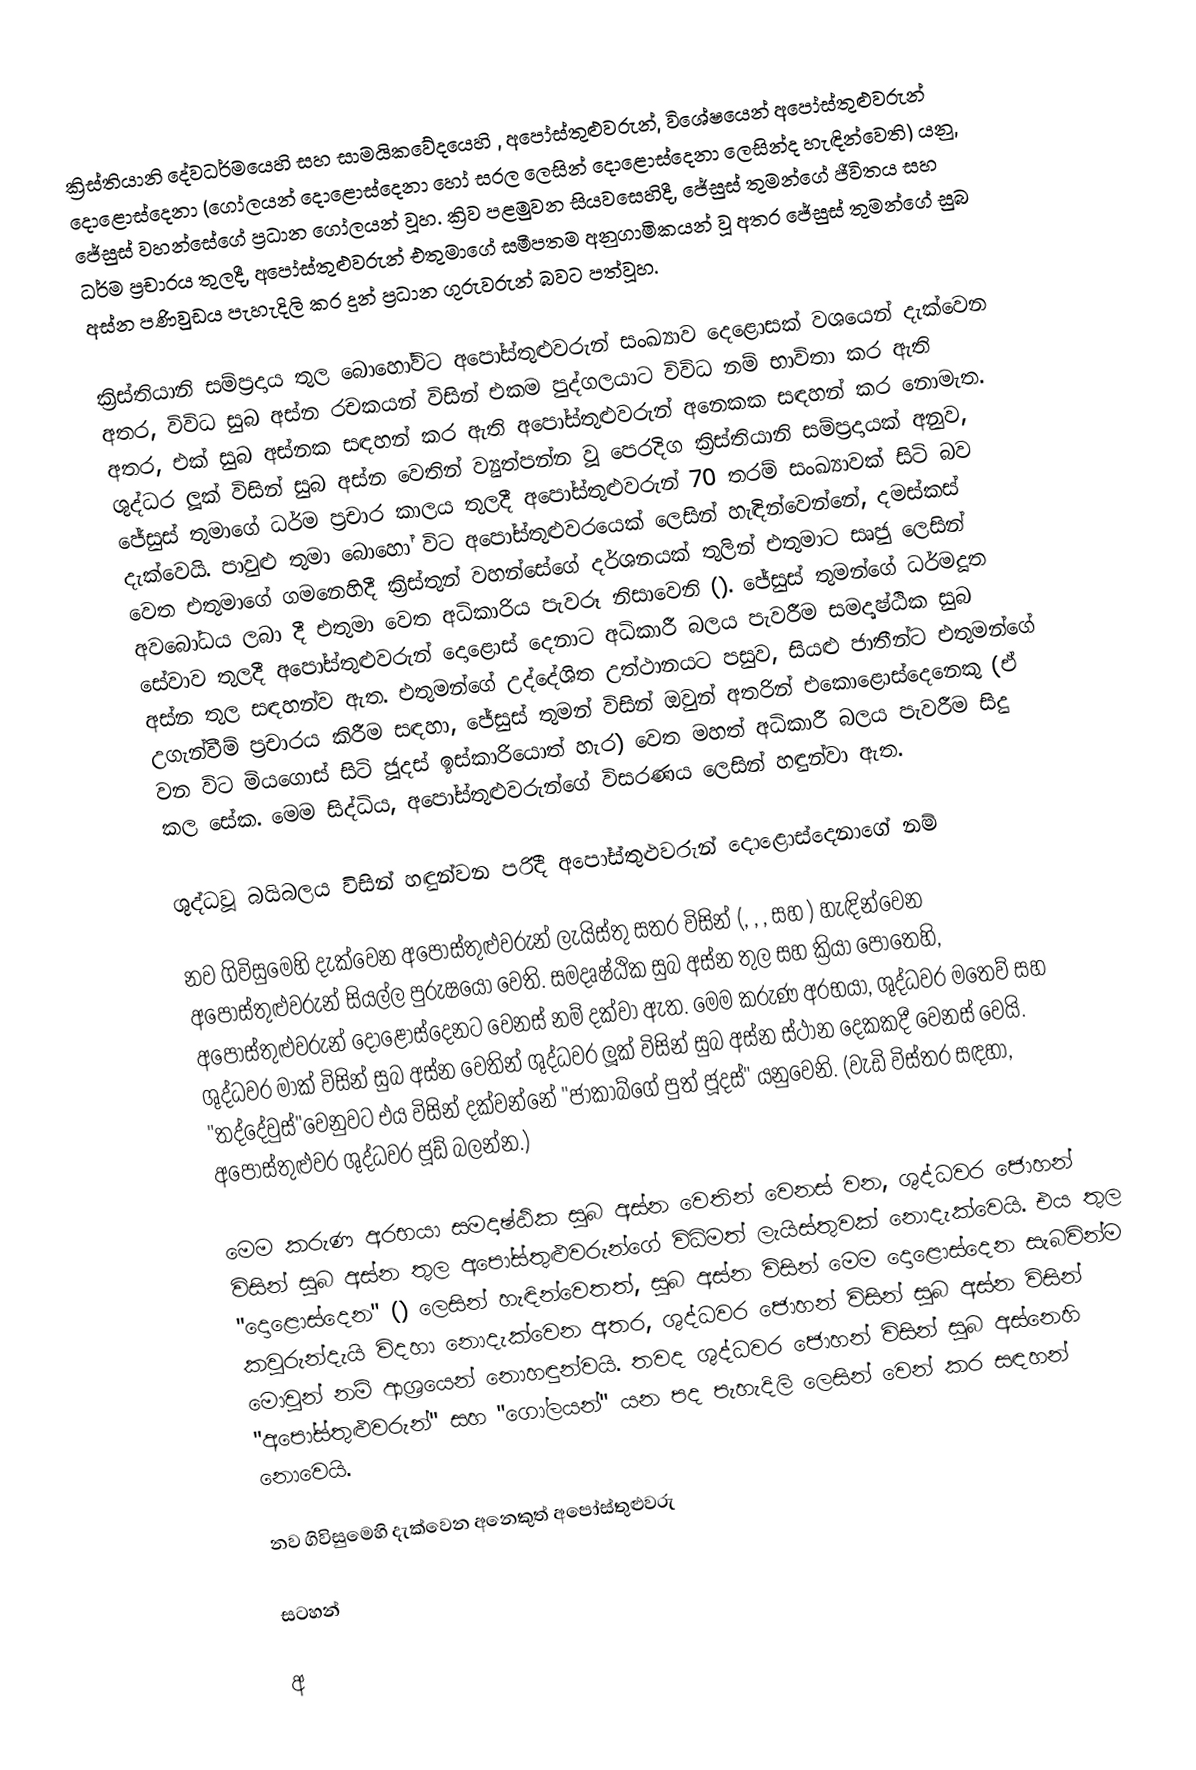
ක්‍රිස්තියානි දේවධර්මයෙහි සහ සාමයිකවේදයෙහි , අපෝස්තුළුවරුන්, විශේෂයෙන් අපෝස්තුළුවරුන් දොළොස්දෙනා (ගෝලයන් දොළොස්දෙනා හෝ සරල ලෙසින් දොළොස්දෙනා ලෙසින්ද හැඳින්වෙති) යනු, ජේසුස් වහන්සේගේ ප්‍රධාන ගෝලයන් වූහ. ක්‍රිව පළමුවන සියවසෙහිදී, ජේසුස් තුමන්ගේ ජීවිතය සහ ධර්ම ප්‍රචාරය තුලදී, අපෝස්තුළුවරුන් එතුමාගේ සමීපතම අනුගාමිකයන් වූ අතර ජේසුස් තුමන්ගේ සුබ අස්න පණිවුඩය පැහැදිලි කර දුන් ප්‍රධාන ගුරුවරුන් බවට පත්වූහ.

ක්‍රිස්තියානි සම්ප්‍රදාය තුල බොහෝවිට අපෝස්තුළුවරුන් සංඛ්‍යාව දෙළොසක් වශයෙන් දැක්වෙන අතර, විවිධ සුබ අස්න රචකයන් විසින් එකම පුද්ගලයාට විවිධ නම් භාවිතා කර ඇති අතර, එක් සුබ අස්නක සඳහන් කර ඇති අපෝස්තුළුවරුන් අනෙකක සඳහන් කර නොමැත. ශුද්ධර ලූක් විසින් සුබ අස්න වෙතින් ව්‍යුත්පන්න වූ පෙරදිග ක්‍රිස්තියානි සම්ප්‍රදායක් අනුව, ජේසුස් තුමාගේ ධර්ම ප්‍රචාර කාලය තුලදී  අපෝස්තුළුවරුන් 70 තරම් සංඛ්‍යාවක් සිටි බව දැක්වෙයි. පාවුළු තුමා බොහෝ විට අපෝස්තුළුවරයෙක් ලෙසින් හැඳින්වෙන්නේ, දමස්කස් වෙත එතුමාගේ ගමනෙහිදී ක්‍රිස්තුන් වහන්සේගේ දර්ශනයක් තුලින් එතුමාට සෘජු ලෙසින් අවබෝධය ලබා දී එතුමා වෙත අධිකාරිය පැවරූ නිසාවෙනි (). ජේසුස් තුමන්ගේ ධර්මදූත සේවාව තුලදී අපෝස්තුළුවරුන් දොළොස් දෙනාට අධිකාරී බලය පැවරීම සමදෘෂ්ඨික සුබ අස්න තුල සඳහන්ව ඇත. එතුමන්ගේ උද්දේශිත උත්ථානයට පසුව, සියළු ජාතීන්ට එතුමන්ගේ උගැන්වීම් ප්‍රචාරය කිරීම සඳහා,  ජේසුස් තුමන් විසින් ඔවුන් අතරින් එකොළොස්දෙ‌නෙකු (ඒ වන විට මියගොස් සිටි ජූදස් ඉස්කාරියොත් හැර) වෙත මහත් අධිකාරී බලය පැවරීම සිදු කල සේක. මෙම සිද්ධිය, අපෝස්තුළුවරුන්ගේ විසරණය ලෙසින් හඳුන්වා ඇත.

ශුද්ධවූ බයිබලය විසින් හඳුන්වන පරිදී අපෝස්තුළුවරුන් දොළොස්දෙනාගේ නම්

නව ගිවිසුමෙහි දැක්වෙන අපෝස්තුළුවරුන් ලැයිස්තු සතර විසින් (, , , සහ ) හැඳින්වෙන අපෝස්තුළුවරුන් සියල්ල පුරුෂයෝ වෙති. සමදෘෂ්ඨික සුබ අස්න තුල සහ ක්‍රියා පොතෙහි, අපෝස්තුළුවරුන් දොළොස්දෙනට වෙනස් නම් දක්වා ඇත. මෙම කරුණ අරභයා,  ශුද්ධවර මතෙව් සහ ශුද්ධවර මාක් විසින් සුබ අස්න වෙතින් ශුද්ධවර ලූක් විසින් සුබ අස්න ස්ථාන දෙකකදී වෙනස් වෙයි. "තද්දේවුස්"වෙනුවට එය විසින් දක්වන්නේ "ජාකාබ්ගේ පුත් ජූදස්" යනුවෙනි. (වැඩි විස්තර සඳහා, අපෝස්තුළුවර ශුද්ධවර ජූඩ් බලන්න.)

මෙම කරුණ අරභයා සමදෘෂ්ඨික සුබ අස්න වෙතින් වෙනස් වන, ශුද්ධවර ජොහන් විසින් සුබ අස්න තුල අපෝස්තුළුවරුන්ගේ විධිමත් ලැයිස්තුවක් නොදැක්වෙයි. එය තුල "දොළොස්දෙන" () ලෙසින් හැඳින්වෙතත්, සුබ අස්න විසින් මෙම දොළොස්දෙන සැබවින්ම කවුරුන්දැයි විදහා නොදැක්වෙන අතර, ශුද්ධවර ජොහන් විසින් සුබ අස්න විසින් මොවුන් නම් ආශ්‍රයෙන් නොහඳුන්වයි. තවද ශුද්ධවර ජොහන් විසින් සුබ අස්නෙහි "අපෝස්තුළුවරුන්" සහ "ගෝලයන්" යන පද පැහැදිලි ලෙසින් වෙන් කර සඳහන් නොවෙයි.

නව ගිවිසුමෙහි දැක්වෙන අනෙකුත් අපෝස්තුළුවරු

සටහන්

අ